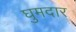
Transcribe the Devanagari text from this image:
घुमदार